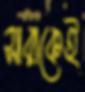
সারাকেই